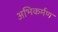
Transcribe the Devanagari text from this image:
अभिकर्मण